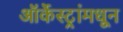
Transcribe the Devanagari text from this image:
ऑर्केस्ट्रांमधून